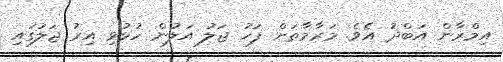
އިމްރާން އަބްދު އެވެ. މަރާމާތަށް ފަހު ޖަލު އަލުން ހުޅުވި އިރު ޖަލުގައި